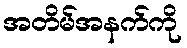
အတိမ်အနက်ကို